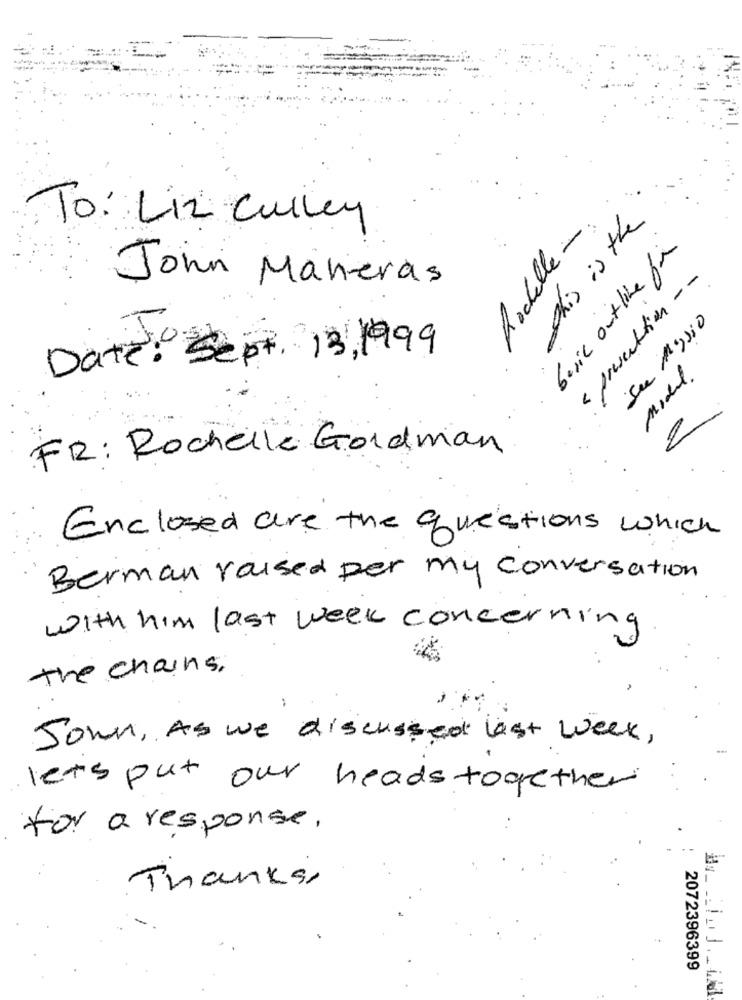
To: Liz Culley
Rochelle -
this is the
basic outline für
« presentation --
John Maneras
Su Agrio
Date: Sept. 13, 1999
Model.
FR: Rochelle Goldman
Enclosed are the questions which
Berman raised per my conversation
with him last week concerning
the chains.
John, As we discussed last week ,
let's put our heads together
for a response.
Thanks,
2072396399